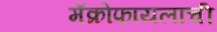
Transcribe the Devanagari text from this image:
मॅक्रोफायलाची